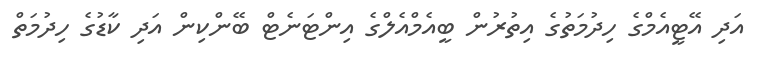
އަދި އޭޓީއެމްގެ ހިދުމަތުގެ އިތުރުން ބީއެމްއެލްގެ އިންޓަނެޓް ބޭންކިން އަދި ކާޑުގެ ހިދުމަތް